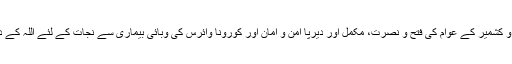
انہوں نے فرزندان توحید سے جموں و کشمیر کے عوام کی فتح و نصرت، مکمل اور دیرپا امن و امان اور کورونا وائرس کی وبائی بیماری سے نجات کے لئے اللہ کے دربار میں سربسجود ہوکر دعا کریں۔